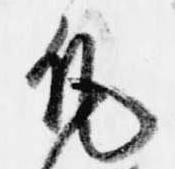
凡